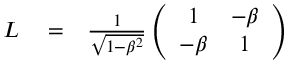
\begin{array} { r l r } { L } & { { } = } & { \frac { 1 } { \sqrt { 1 - \beta ^ { 2 } } } \left( \begin{array} { c c } { 1 } & { - \beta } \\ { - \beta } & { 1 } \end{array} \right) } \end{array}